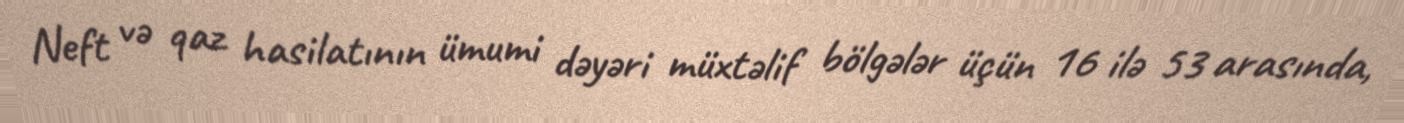
Neft və qaz hasilatının ümumi dəyəri müxtəlif bölgələr üçün 16 ilə 53 arasında,